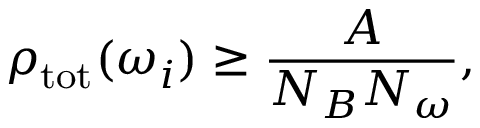
\rho _ { \mathrm { t o t } } ( \omega _ { i } ) \ge { \frac { A } { N _ { B } N _ { \omega } } } ,